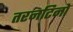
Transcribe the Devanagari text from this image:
तरनटिनो